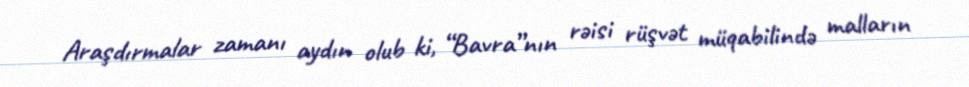
Araşdırmalar zamanı aydın olub ki, “Bavra”nın rəisi rüşvət müqabilində malların